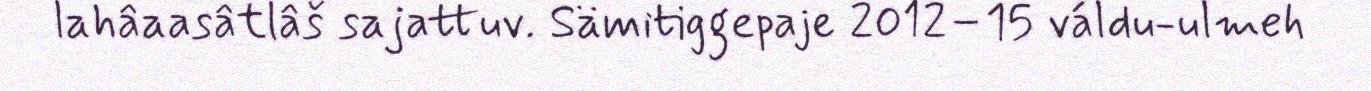
lahâaasâtlâš sajattuv. Sämitiggepaje 2012–15 váldu-ulmeh